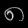
Digit: ၈